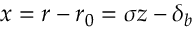
x = r - r _ { 0 } = \sigma z - \delta _ { b }